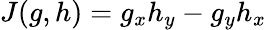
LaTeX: J(g,h)=g_{x}h_{y}-g_{y}h_{x}